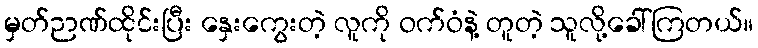
မှတ်ဉာဏ်ထိုင်းပြီး နှေးကွေးတဲ့ လူကို ဝက်ဝံနဲ့ တူတဲ့ သူလို့ခေါ်ကြတယ်။